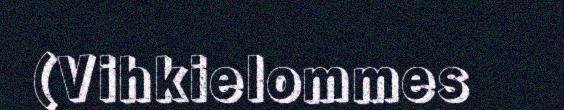
(Vihkielommes